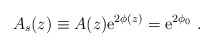
\begin{align*}A_s(z)\equiv A(z){\rm e}^{2\phi(z)} ={\rm e}^{2\phi_0}\ .\ \end{align*}